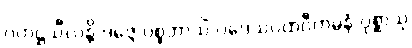
ဂဟဋ္ဌသီလန္တိ ဒဇ္ဇေ ပစ္စဘာသိံ ပဒေသပထဝီကမ္ပနံ ပုစ္ဆာသု